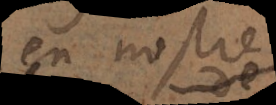
en nostre